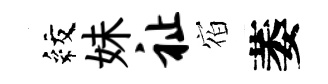
紋妹祉𪧐萎